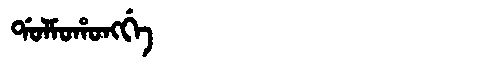
Manchu: ᡩᠣᠯᠮᠣᡥᠣᠩᡤᡝ
Romanization: DOLMOHONGGE